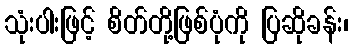
သုံးပါးဖြင့် စိတ်တို့ဖြစ်ပုံကို ပြဆိုခန်း၊